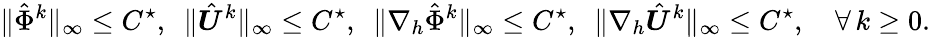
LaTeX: \| \hat{\Phi}^{k}\| _{\infty}\leq C^{\star},\, \, \, \| \hat{\boldsymbol{U}}^{k}\| _{\infty}\leq C^{\star},\, \, \, \| \nabla_{h}\hat{\Phi}^{k}\| _{\infty}\leq C^{\star},\, \, \, \| \nabla_{h}\hat{\boldsymbol{U}}^{k}\| _{\infty}\leq C^{\star},\quad\forall\, k\ge 0.